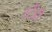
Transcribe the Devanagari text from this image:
स्टैंडी